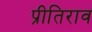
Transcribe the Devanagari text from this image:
प्रीतिराव